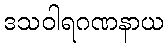
ဒသဝါရဂဏနာယ